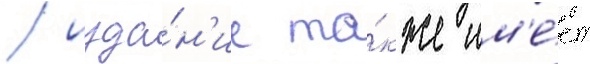
/ изда́н'ие та́кже им'е́ет